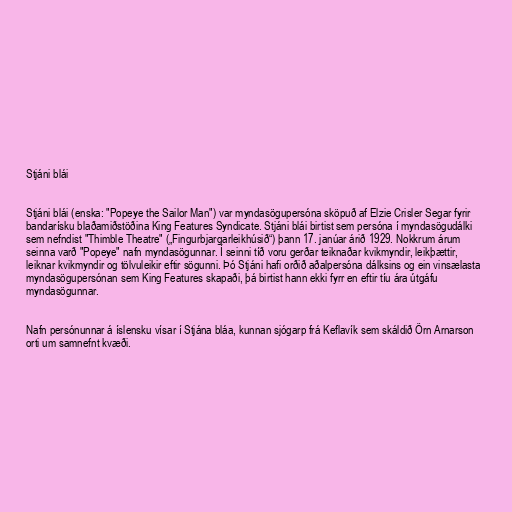
Stjáni blái

Stjáni blái (enska: "Popeye the Sailor Man") var myndasögupersóna sköpuð af Elzie Crisler Segar fyrir
bandarísku blaðamiðstöðina King Features Syndicate. Stjáni blái birtist sem persóna í myndasögudálki
sem nefndist "Thimble Theatre" („Fingurbjargarleikhúsið“) þann 17. janúar árið 1929. Nokkrum árum
seinna varð "Popeye" nafn myndasögunnar. Í seinni tíð voru gerðar teiknaðar kvikmyndir, leikþættir,
leiknar kvikmyndir og tölvuleikir eftir sögunni. Þó Stjáni hafi orðið aðalpersóna dálksins og ein vinsælasta
myndasögupersónan sem King Features skapaði, þá birtist hann ekki fyrr en eftir tíu ára útgáfu
myndasögunnar.

Nafn persónunnar á íslensku vísar í Stjána bláa, kunnan sjógarp frá Keflavík sem skáldið Örn Arnarson
orti um samnefnt kvæði.